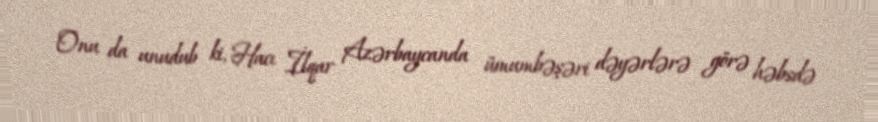
Onu da unudub ki, Hacı İlqar Azərbaycanda ümumbəşəri dəyərlərə görə həbsdə